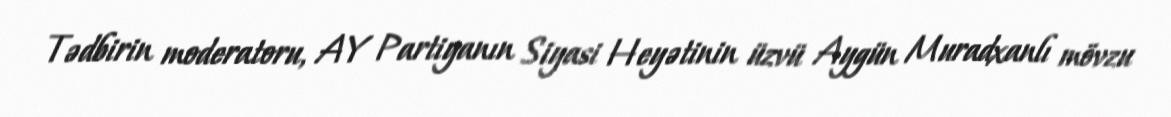
Tədbirin moderatoru, AY Partiyanın Siyasi Heyətinin üzvü Aygün Muradxanlı mövzu